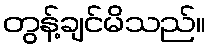
တွန့်ချင်မိသည်။